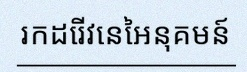
រកដេរីវេនៃអនុគមន៍